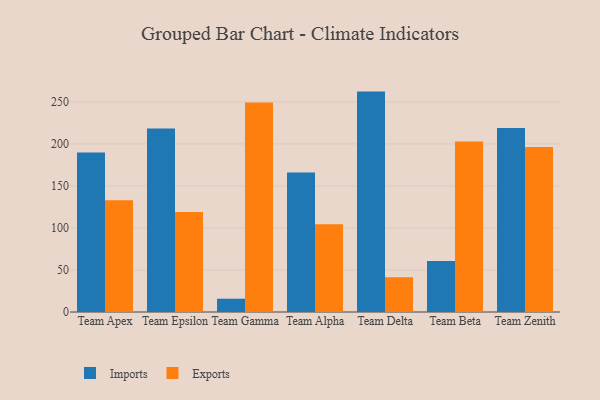
{"axis": {"x": "Team", "y": "Revenue (USD Million)"}, "legend": ["Exports", "Imports"], "data": [{"x": "Team Apex", "y": 189.8, "type": "Imports"}, {"x": "Team Apex", "y": 133.1, "type": "Exports"}, {"x": "Team Epsilon", "y": 218.4, "type": "Imports"}, {"x": "Team Epsilon", "y": 118.9, "type": "Exports"}, {"x": "Team Gamma", "y": 15.8, "type": "Imports"}, {"x": "Team Gamma", "y": 249.4, "type": "Exports"}, {"x": "Team Alpha", "y": 166.0, "type": "Imports"}, {"x": "Team Alpha", "y": 104.3, "type": "Exports"}, {"x": "Team Delta", "y": 262.3, "type": "Imports"}, {"x": "Team Delta", "y": 41.4, "type": "Exports"}, {"x": "Team Beta", "y": 60.7, "type": "Imports"}, {"x": "Team Beta", "y": 202.9, "type": "Exports"}, {"x": "Team Zenith", "y": 218.9, "type": "Imports"}, {"x": "Team Zenith", "y": 196.3, "type": "Exports"}]}